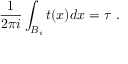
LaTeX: \frac { 1 } { 2 \pi i } \int _ { B _ { i } } t ( x ) d x = \tau \ .